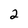
Character: 2